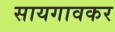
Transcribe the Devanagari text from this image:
सायगावकर